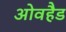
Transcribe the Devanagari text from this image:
ओवहैड